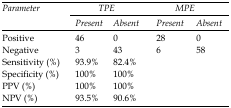
<table><thead><tr><td rowspan="3"><b>Parameter</b></td><td colspan="2"><b>TPE</b></td><td colspan="2"><b>MPE</b></td></tr><tr><td><b>Present</b></td><td><b>Absent</b></td><td><b>Present</b></td><td><b>Absent</b></td></tr></thead><tbody><tr><td>Positive</td><td>46</td><td>0</td><td>28</td><td>0</td></tr><tr><td>Negative</td><td>3</td><td>43</td><td>6</td><td>58</td></tr><tr><td>Sensitivity (%)</td><td>93.9%</td><td>82.4%</td><td></td><td></td></tr><tr><td>Specificity (%)</td><td>100%</td><td>100%</td><td></td><td></td></tr><tr><td>PPV (%)</td><td>100%</td><td>100%</td><td></td><td></td></tr><tr><td>NPV (%)</td><td>93.5%</td><td>90.6%</td><td></td><td></td></tr></tbody></table>